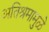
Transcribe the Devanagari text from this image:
अतिश्रमामुळे